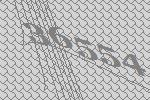
36554